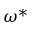
\omega ^ { * }